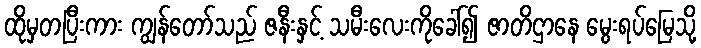
ထိုမှတပြီးကား ကျွန်တော်သည် ဇနီးနှင့် သမီးလေးကိုခေါ်၍ ဇာတိဌာနေ မွေးရပ်မြေသို့